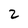
Character: 2